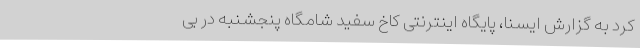
کرد به گزارش ایسنا، پایگاه اینترنتی کاخ سفید شامگاه پنجشنبه در بی